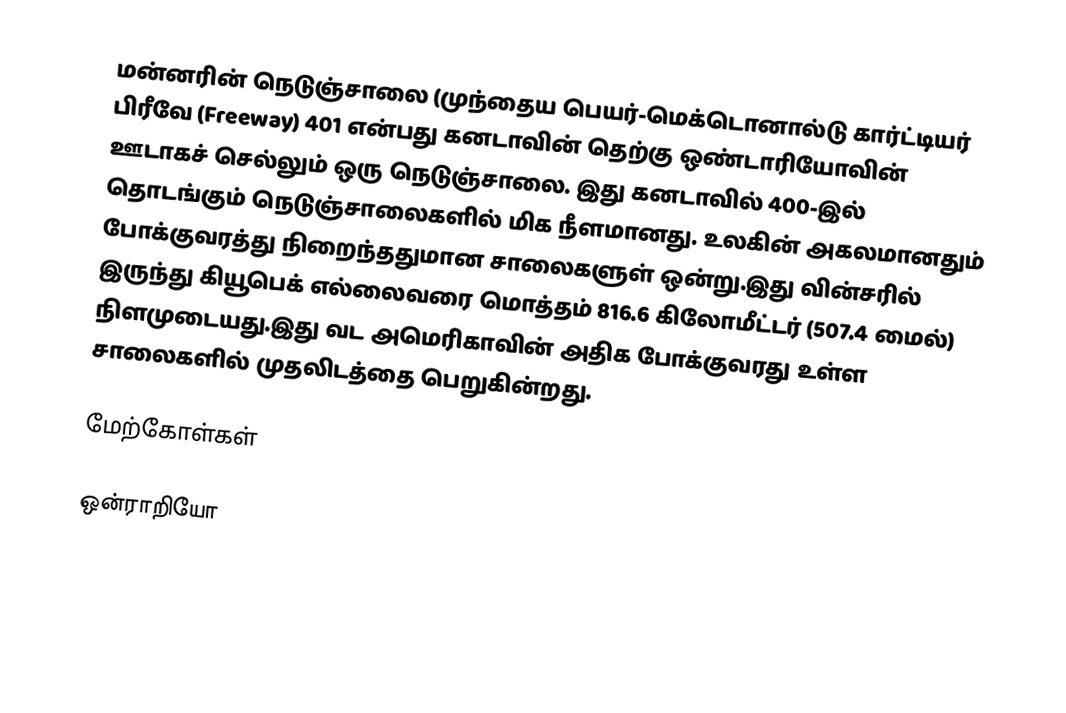
மன்னரின் நெடுஞ்சாலை (முந்தைய பெயர்-மெக்டொனால்டு கார்ட்டியர் பிரீவே (Freeway) 401 என்பது கனடாவின் தெற்கு ஒண்டாரியோவின் ஊடாகச் செல்லும் ஒரு நெடுஞ்சாலை. இது கனடாவில் 400-இல் தொடங்கும் நெடுஞ்சாலைகளில் மிக நீளமானது. உலகின் அகலமானதும் போக்குவரத்து நிறைந்ததுமான சாலைகளுள் ஒன்று.இது வின்சரில் இருந்து கியூபெக் எல்லைவரை மொத்தம் 816.6 கிலோமீட்டர் (507.4 மைல்) நிளமுடையது.இது வட அமெரிகாவின் அதிக போக்குவரது உள்ள சாலைகளில் முதலிடத்தை பெறுகின்றது.

மேற்கோள்கள்

ஒன்ராறியோ